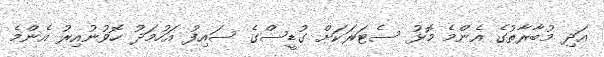
އަދި މުބާރާތުގެ އެންމެ މޮޅު ސެޓަރަކަށް ގުޑީސްގެ ސައިފު އަހުމަދު ހޮވުނުއިރު އެންމެ